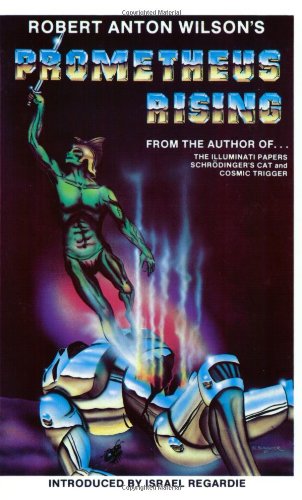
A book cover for Prometheus Rising; Robert Anton Wilson; Religion & Spirituality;